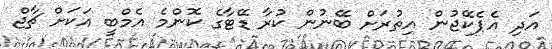
އަދި އެޕެކޭޖުން އިތުރަށް ބޭނުން ކުރާ ޑޭޓާގެ ކޮންމެ އެމްބީ އަކަށް ޗާޖް